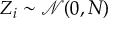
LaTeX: Z _ { i } \sim { \mathcal { N } } ( 0 , N ) \,